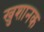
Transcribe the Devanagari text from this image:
खुशानक